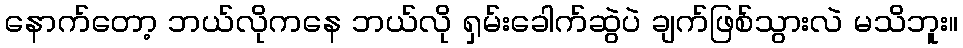
နောက်တော့ ဘယ်လိုကနေ ဘယ်လို ရှမ်းခေါက်ဆွဲပဲ ချက်ဖြစ်သွားလဲ မသိဘူး။